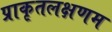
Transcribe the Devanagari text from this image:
प्राकृतलक्षणम